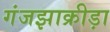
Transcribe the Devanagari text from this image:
गंजझाक्रीड़ा